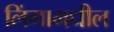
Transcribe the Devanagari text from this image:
लिंगामधील